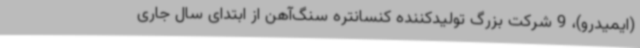
(ایمیدرو)، 9 شرکت بزرگ تولیدکننده کنسانتره سنگ‌آهن از ابتدای سال جاری